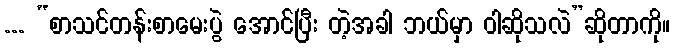
... “စာသင်တန်းစာမေးပွဲ အောင်ပြီး တဲ့အခါ ဘယ်မှာ ဝါဆိုသလဲ”ဆိုတာကို။